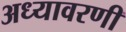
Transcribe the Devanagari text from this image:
अध्यावरणी